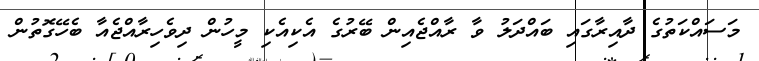
މަސައްކަތުގެ ދާއިރާގައި ބައްދަލު ވާ ރާއްޖެއިން ބޭރުގެ އެކިއެކި މީހުން ދިވެހިރާއްޖެއާ ބެހޭގޮތުން